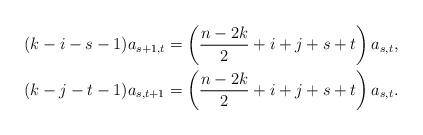
LaTeX: \begin{align*} (k-i-s-1)a_{s+1,t} & = \left(\frac{n-2k}{2}+i+j+s+t\right)a_{s,t} , \\ (k-j-t-1)a_{s,t+1} & = \left(\frac{n-2k}{2}+i+j+s+t\right)a_{s,t} . \end{align*}